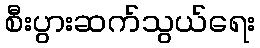
စီးပွားဆက်သွယ်ရေး